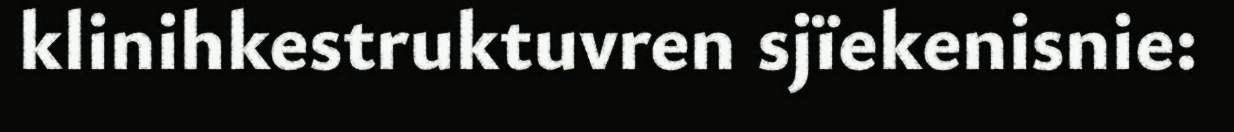
klinihkestruktuvren sjïekenisnie: